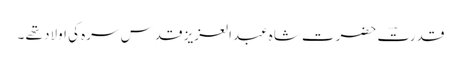
قدرتؔ حضرت شاہ عبدالعزیز قدِس سرہ کی اولاد تھے ۔